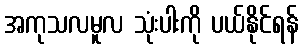
အကုသလမူလ သုံးပါးကို ပယ်နိုင်ရန်